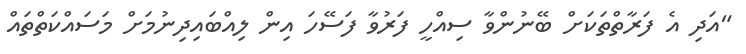
"އަދި އެ ފަރާތްތަކަށް ބޭނުންވާ ސިއްހީ ފަރުވާ ފަސޭހަ އިން ލިއްބައިދިނުމަށް މަސައްކަތްތައް